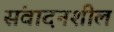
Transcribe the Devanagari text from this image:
संवादनशील